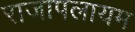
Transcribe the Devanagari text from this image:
राजापलायम